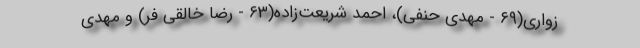
زواری(۶۹ - مهدی حنفی)، احمد شریعت‌زاده(۶۳ - رضا خالقی فر) و مهدی